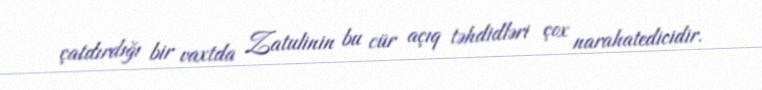
çatdırdığı bir vaxtda Zatulinin bu cür açıq təhdidləri çox narahatedicidir.